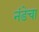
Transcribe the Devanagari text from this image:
नंडेचा